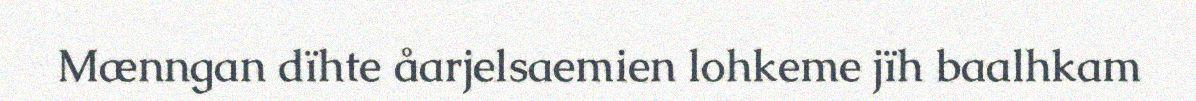
Mænngan dïhte åarjelsaemien lohkeme jïh baalhkam